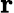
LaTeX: \textbf{r}